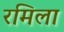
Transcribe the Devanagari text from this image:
रमिला